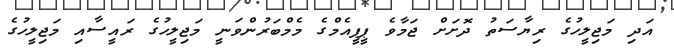
އަދި މަޖިލީހުގެ ރިޔާސަތު ދޮށަށް ޖަމާވެ ޕީޕީއެމްގެ މެމްބަރުންވަނީ މަޖިލީހުގެ ރައީސާއި މަޖިލީހުގެ